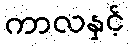
ကာလနှင့်